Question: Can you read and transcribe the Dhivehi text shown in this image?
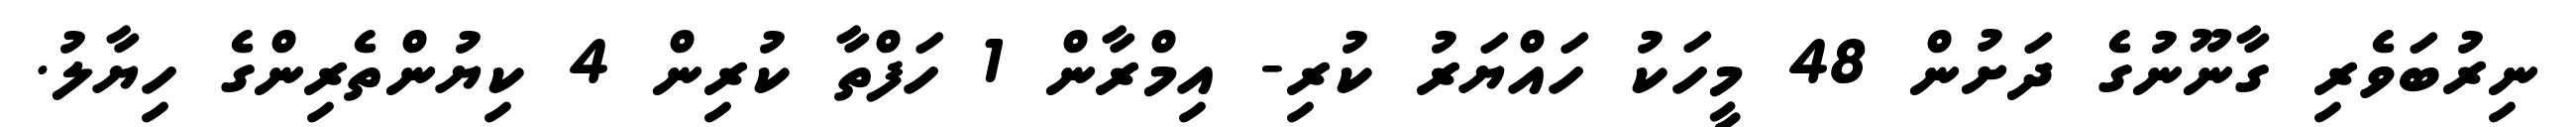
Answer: ނިރުބަވެރި ގާނޫނުގެ ދަށުން 48 މީހަކު ހައްޔަރު ކުރި- އިމްރާން 1 ހަފްތާ ކުރިން 4 ކިޔުންތެރިންގެ ހިޔާލު.